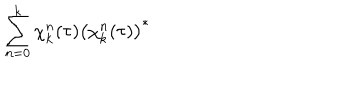
LaTeX: \sum _ { n = 0 } ^ { k } \chi _ { k } ^ { n } ( \tau ) \left( \chi _ { k } ^ { n } ( \tau ) \right) ^ { * }